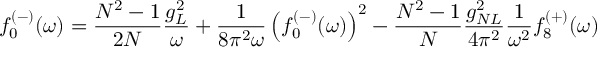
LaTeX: f _ { 0 } ^ { ( - ) } ( \omega ) = \frac { N ^ { 2 } - 1 } { 2 N } \frac { g _ { L } ^ { 2 } } { \omega } + \frac { 1 } { 8 \pi ^ { 2 } \omega } \left( f _ { 0 } ^ { ( - ) } ( \omega ) \right) ^ { 2 } - \frac { N ^ { 2 } - 1 } { N } \frac { g _ { N L } ^ { 2 } } { 4 \pi ^ { 2 } } \frac { 1 } { \omega ^ { 2 } } f _ { 8 } ^ { ( + ) } ( \omega )